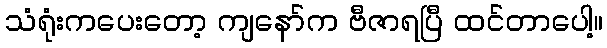
သံရုံးကပေးတော့ ကျနော်က ဗီဇာရပြီ ထင်တာပေါ့။